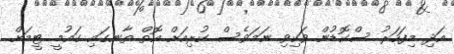
އަދި މިފަހަރު ސްކޮޑުން ވަކިވި ނަމަވެސް ކުރިއަށް އޮތް ތާނގައި ގައުމީ ޓީމަށް